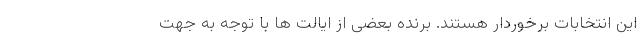
این انتخابات برخوردار هستند. برنده بعضی از ایالت ها با توجه به جهت